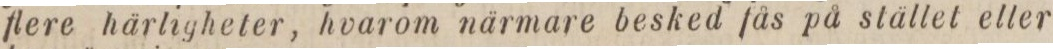
flere härligheter, hvarom närmare besked fås på stället eller